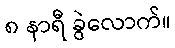
၈ နာရီ ခွဲလောက်။